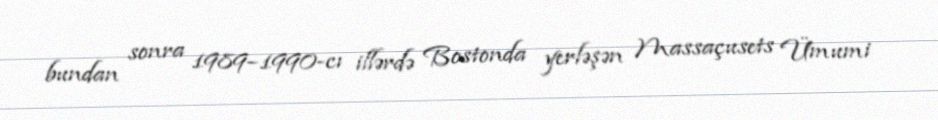
bundan sonra 1989–1990-cı illərdə Bostonda yerləşən Massaçusets Ümumi